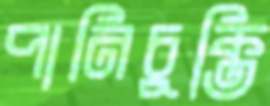
পানিচুক্তি